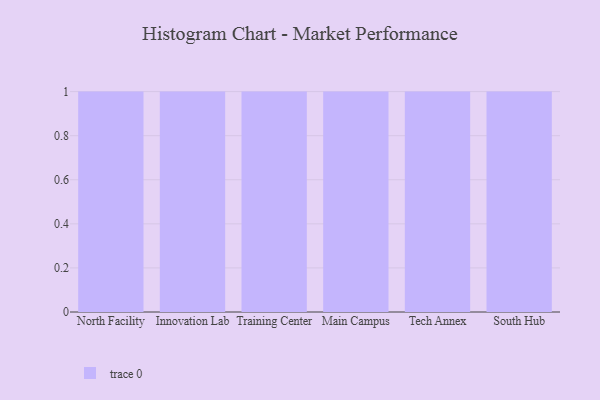
{"axis": {"x": "Campus", "y": "Churn Rate (%)"}, "legend": [""], "data": [{"x": "North Facility", "y": 87, "type": ""}, {"x": "Innovation Lab", "y": 68, "type": ""}, {"x": "Training Center", "y": 24, "type": ""}, {"x": "Main Campus", "y": 29, "type": ""}, {"x": "Tech Annex", "y": 47, "type": ""}, {"x": "South Hub", "y": 53, "type": ""}]}